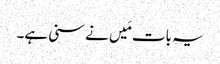
یہ بات مَیں نے سنی ہے۔